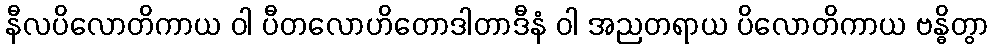
နီလပိလောတိကာယ ဝါ ပီတလောဟိတောဒါတာဒီနံ ဝါ အညတရာယ ပိလောတိကာယ ဗန္ဓိတွာ